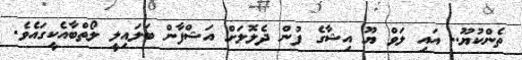
ތެންކުޔޫ.. އައި ލަވް ޔޫ އިޝާގެ ފުން ދެލޮލަށް އަޝްފާން ބަލައިލީ ލޯތްބާއެކީގައެވެ.